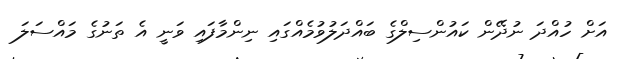
އަށް ހުއްދަ ނުދޭން ކައުންސިލްގެ ބައްދަލުވުމެއްގައި ނިންމާފައި ވަނީ އެ ތަނުގެ މައްސަލަ